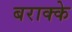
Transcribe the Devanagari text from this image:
बराक्के